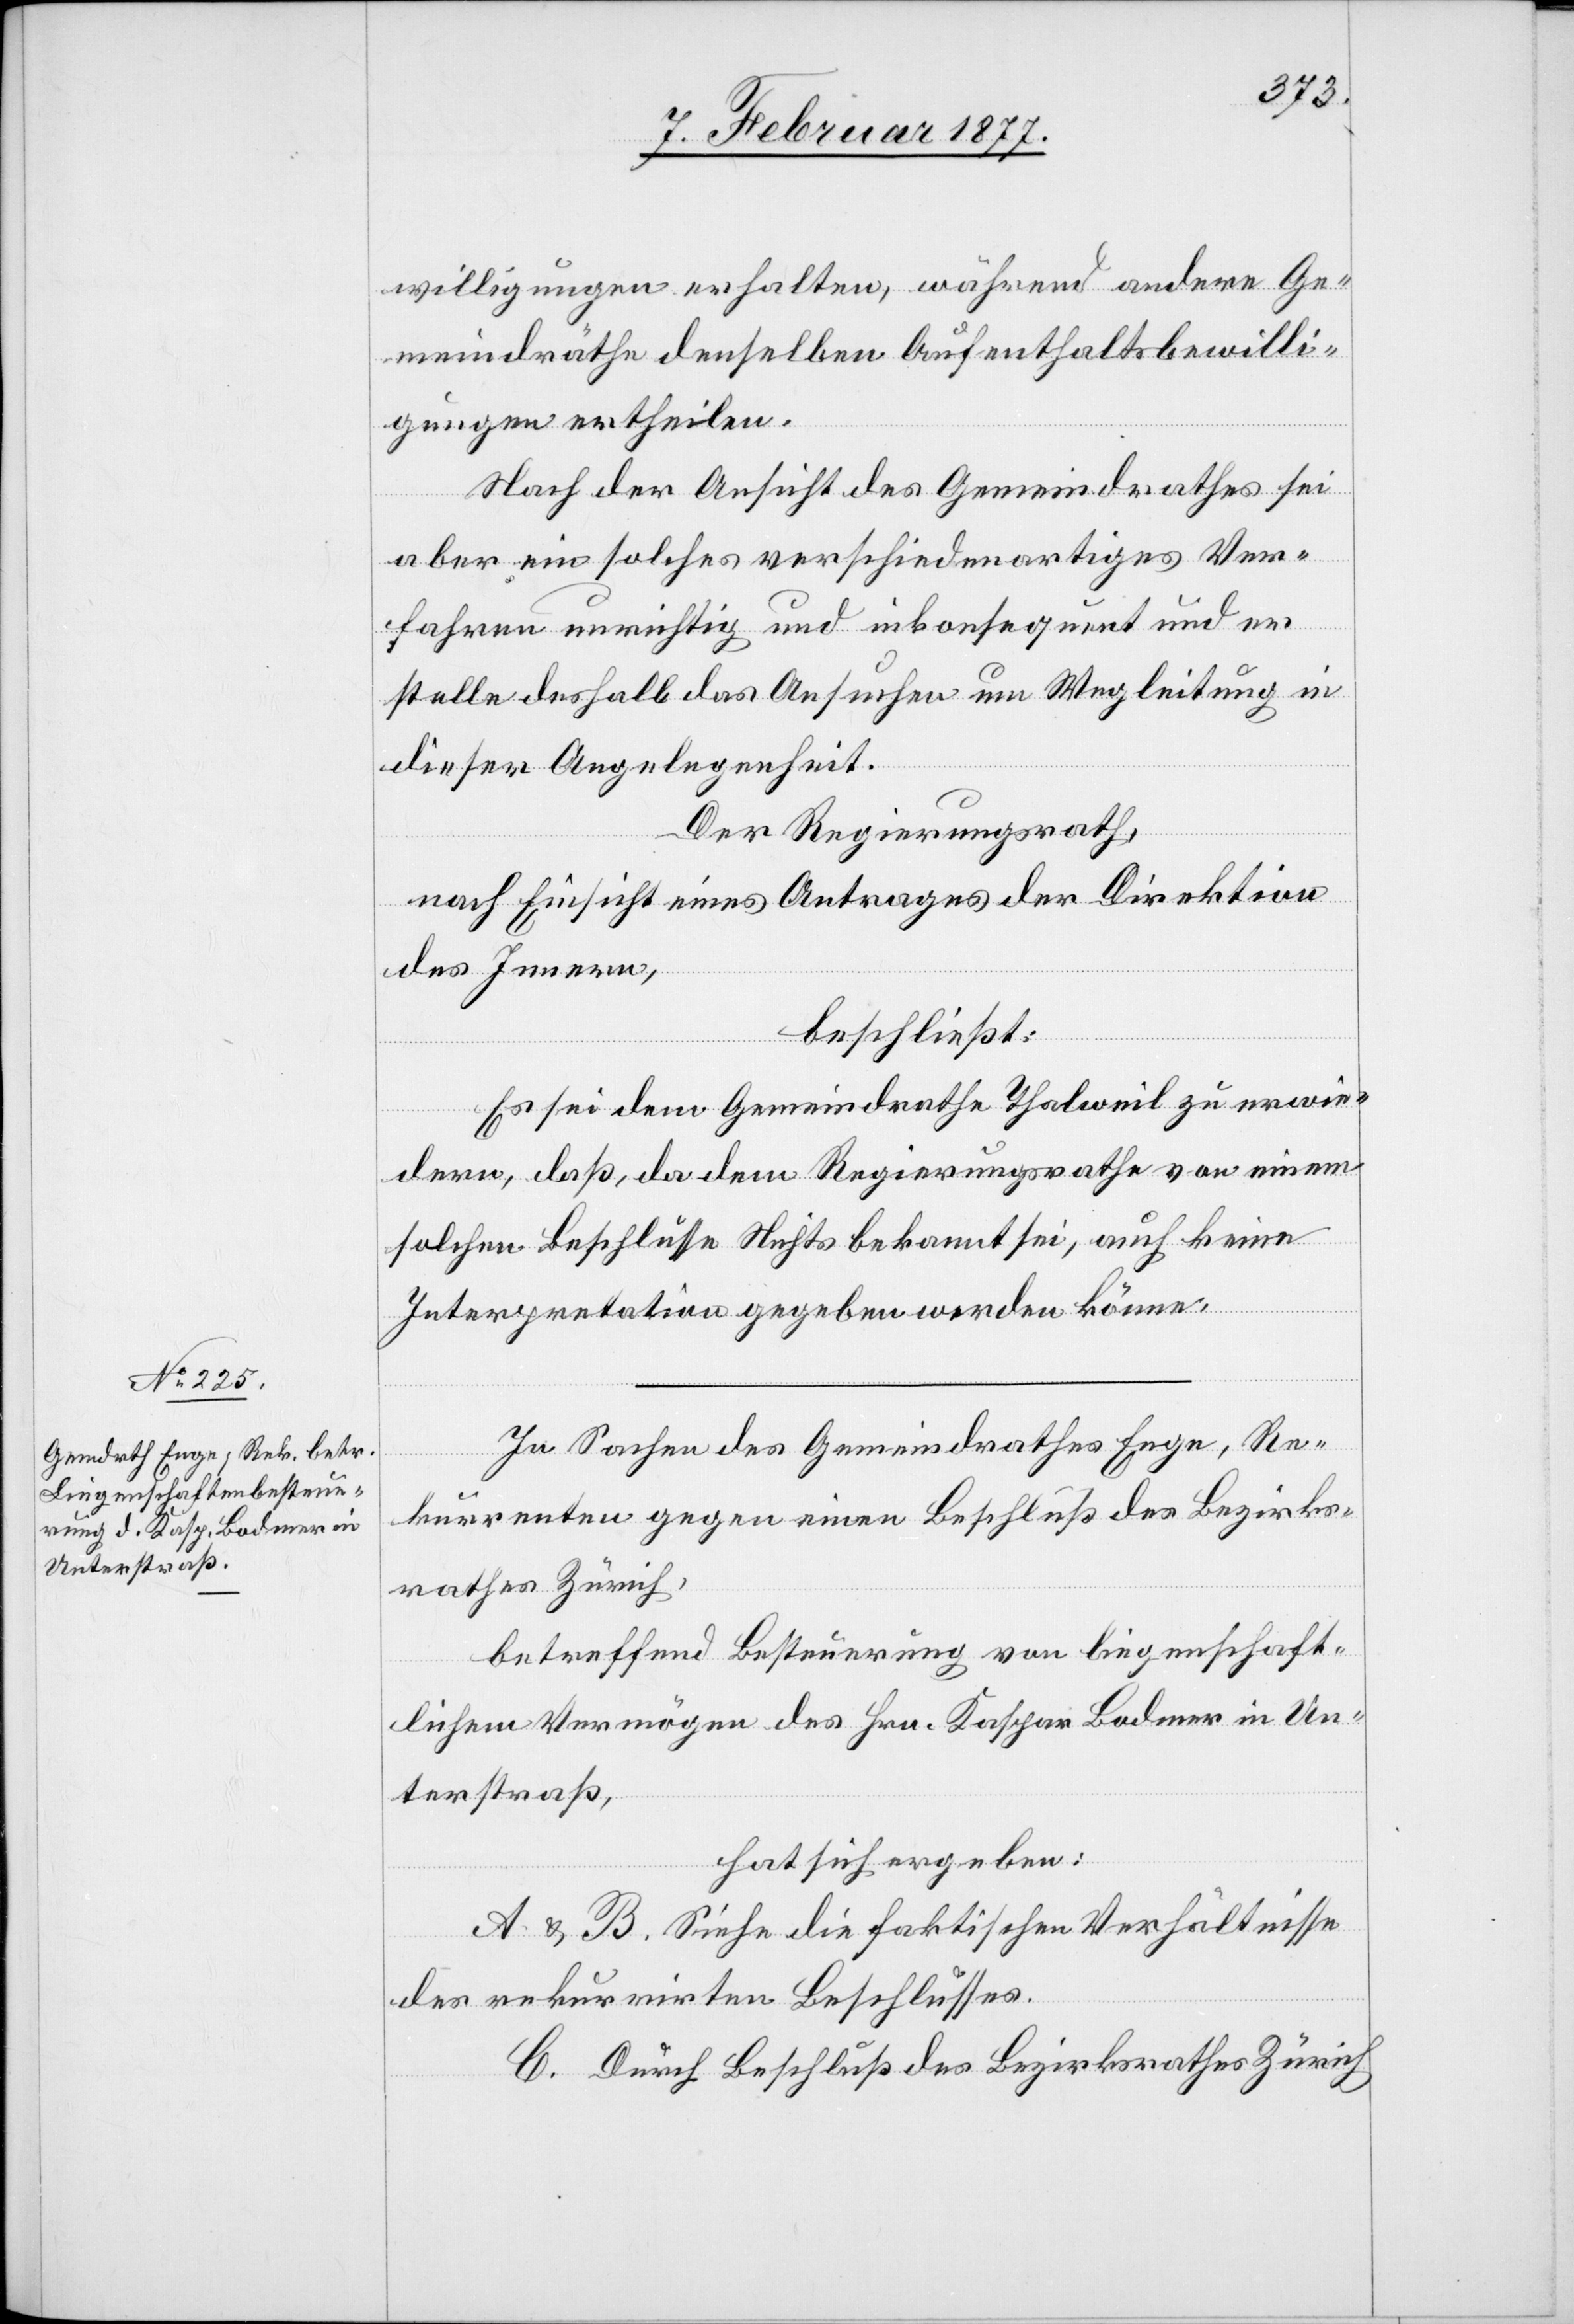
willigungen erhalten, während andere Ge¬
meindräthe denselben Aufenthaltsbewilli¬
gungen ertheilen.
Nach der Ansicht des Gemeindrathes sei
aber ein solches verschiedenartiges Ver¬
fahren unrichtig und inkonsequent und er
stelle deshalb das Ansuchen um Wegleitung in
dieser Angelegenheit.
Der Regierungsrath,
nach Einsicht eines Antrages der Direktion
des Innern,
beschließt:
Es sei dem Gemeindrathe Thalweil zu erwie¬
dern, daß, da dem Regierungsrathe von einem
solchen Beschlusse Nichts bekannt sei, auch keine
Interpretation gegeben werden könne.
In Sachen des Gemeindrathes Enge, Re¬
kurrenten gegen einen Beschluß des Bezirks¬
rathes Zürich,
betreffend Besteuerung von liegenschaft¬
lichem Vermögen des Hrn. Kaspar Bodmer in Un¬
terstraß,
hat sich ergeben:
A. & B. Siehe die faktischen Verhältnisse
des rekurrirten Beschlusses.
C. Durch Beschluß des Bezirksrathes Zürich